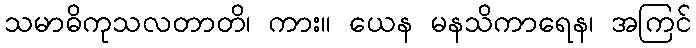
သမာဓိကုသလတာတိ၊ ကား။ ယေန မနသိကာရေန၊ အကြင်